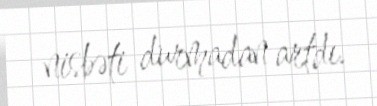
nisbəti durmadan artdı.